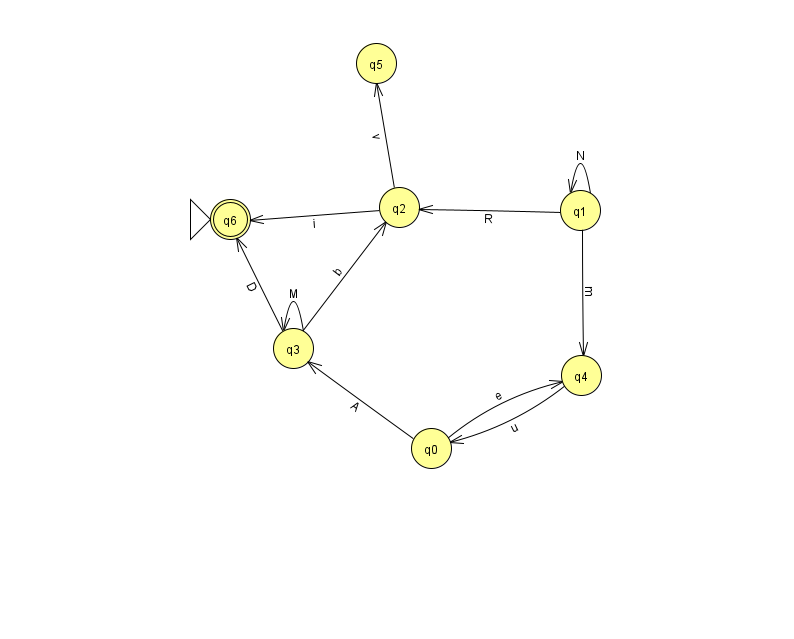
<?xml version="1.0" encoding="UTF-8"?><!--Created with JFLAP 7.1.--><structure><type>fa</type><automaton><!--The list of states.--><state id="0" name="q0"><x>431.0</x><y>435.0</y></state><state id="1" name="q1"><x>580.0</x><y>197.0</y></state><state id="2" name="q2"><x>399.0</x><y>194.0</y></state><state id="3" name="q3"><x>293.0</x><y>335.0</y></state><state id="4" name="q4"><x>581.0</x><y>362.0</y></state><state id="5" name="q5"><x>376.0</x><y>50.0</y></state><state id="6" name="q6"><x>230.0</x><y>206.0</y><initial/><final/></state><!--The list of transitions.--><transition><from>3</from><to>2</to><read>b</read></transition><transition><from>3</from><to>6</to><read>D</read></transition><transition><from>0</from><to>4</to><read>e</read></transition><transition><from>4</from><to>0</to><read>u</read></transition><transition><from>0</from><to>3</to><read>A</read></transition><transition><from>1</from><to>4</to><read>m</read></transition><transition><from>2</from><to>6</to><read>i</read></transition><transition><from>2</from><to>5</to><read>v</read></transition><transition><from>3</from><to>3</to><read>M</read></transition><transition><from>1</from><to>1</to><read>N</read></transition><transition><from>1</from><to>2</to><read>R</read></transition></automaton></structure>